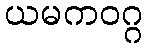
ယမကဝဂ္ဂ